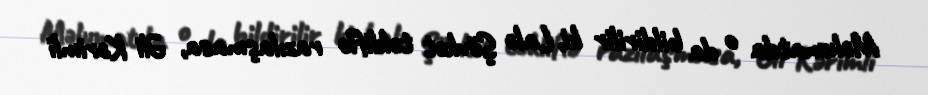
Məlumatda o da bildirilir ki, Lalə Şövkət təkliflə razılaşmasa, Əli Kərimli